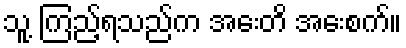
သူ့ ကြည့်ရသည်က အေးတိ အေးစက်။